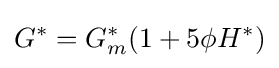
G^{*}=G_{m}^{*}(1+5\phi H^{*})